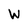
Character: W